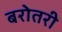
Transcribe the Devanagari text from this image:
बरोतरी